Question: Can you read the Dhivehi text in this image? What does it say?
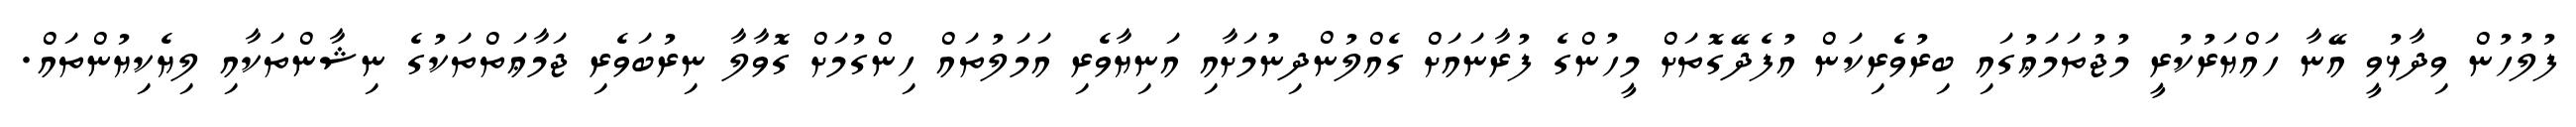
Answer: ފުލުހުން ވިދާޅުވީ އޭނާ ހައްޔަރުކުރީ މުޖުތަމަޢުގައި ބިރުވެރިކަން އުފެދޭގޮތަށް މީހުންގެ ފުރާނައަށް ގެއްލުންދިނުމަށާއި އަނިޔާވެރި އަމަލުތައް ހިންގުމަށް ގޮވާލާ ނިރުބަވެރި ޖަމާޢަތްތަކުގެ ނިޝާންތަކާއި ލިޔެކިޔުންތައް.